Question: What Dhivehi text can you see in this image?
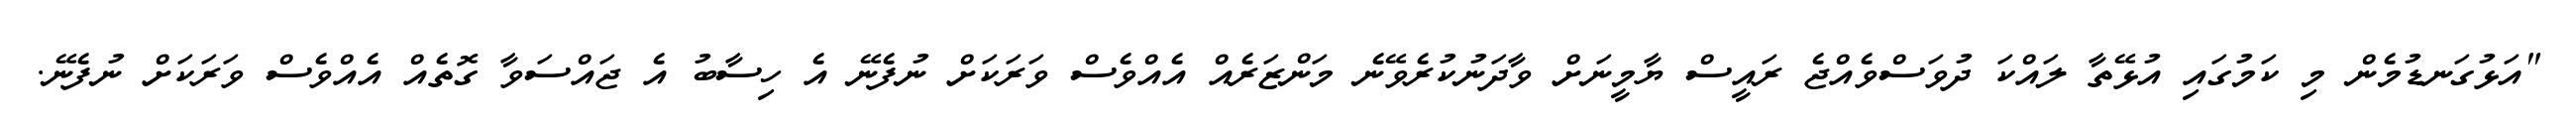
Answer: "އަޅުގަނޑުމެން މި ކަމުގައި އުޅޭތާ ލައްކަ ދުވަސްވެއްޖެ ރައީސް ޔާމީނަށް ވާދަނުކުރެވޭނެ މަންޒަރެއް އެއްވެސް ވަރަކަށް ނުފެނޭ އެ ހިސާބު އެ ޖައްސަވާ ގޮތެއް އެއްވެސް ވަރަކަށް ނުފެނޭ.